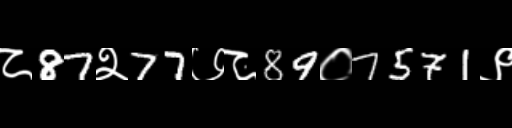
Text: ८87२77७८89०7571९